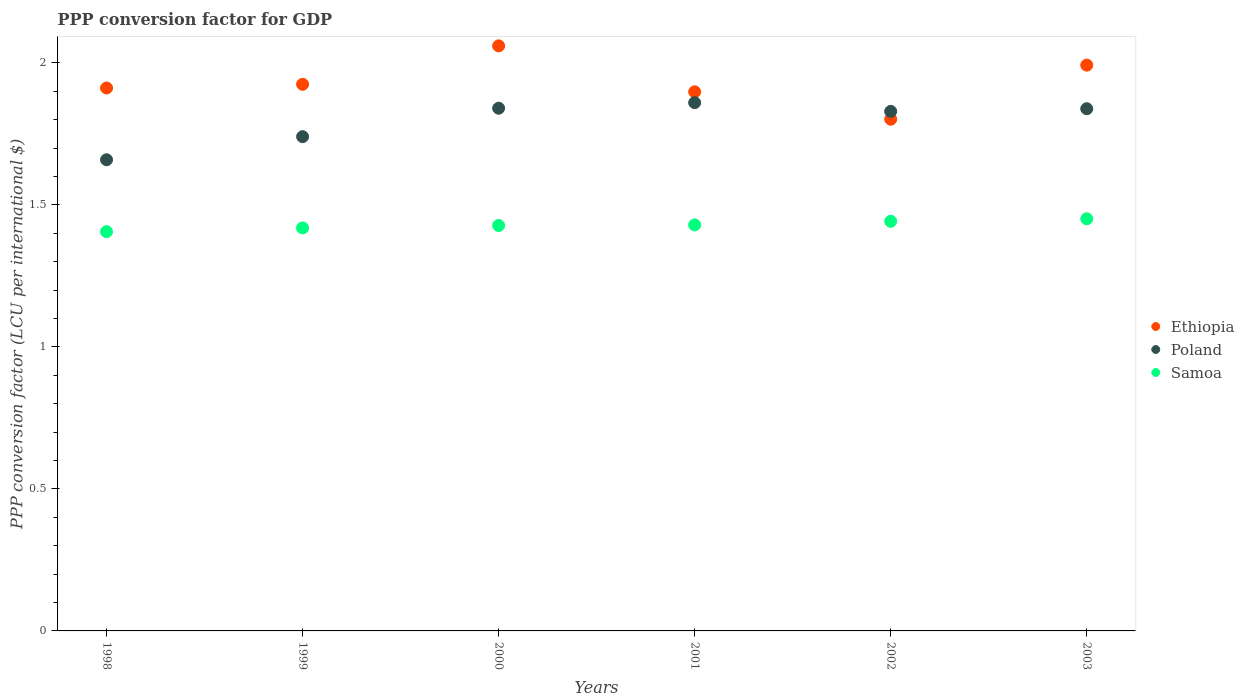
| Years | Ethiopia | Poland | Samoa |
 | --- | --- | --- | --- |
 | 1998 | 1.91 | 1.66 | 1.41 |
 | 1999 | 1.92 | 1.74 | 1.42 |
 | 2000 | 2.06 | 1.84 | 1.43 |
 | 2001 | 1.9 | 1.86 | 1.43 |
 | 2002 | 1.8 | 1.83 | 1.44 |
 | 2003 | 1.99 | 1.84 | 1.45 |